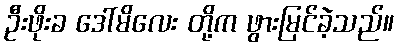
ဦးဖိုးခ ဒေါ်မိလေး တို့က ဖွားမြင်ခဲ့သည်။